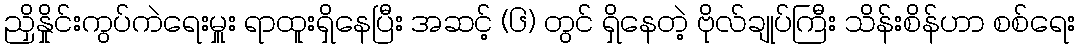
ညှိနှိုင်းကွပ်ကဲရေးမှူး ရာထူးရှိနေပြီး အဆင့် (၆) တွင် ရှိနေတဲ့ ဗိုလ်ချုပ်ကြီး သိန်းစိန်ဟာ စစ်ရေး